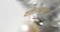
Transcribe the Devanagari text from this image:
वक़्तव्यानुसार